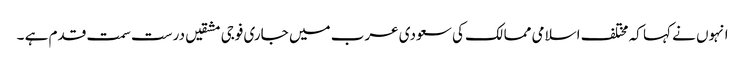
انہوں نے کہا کہ مختلف اسلامی ممالک کی سعودی عرب میں جاری فوجی مشقیں درست سمت قدم ہے ۔